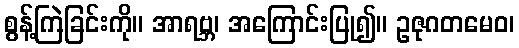
စွန့်ကြဲခြင်းကို။ အာရဗ္ဘ၊ အကြောင်းပြု၍။ ဥဇုဂတမေဝ၊